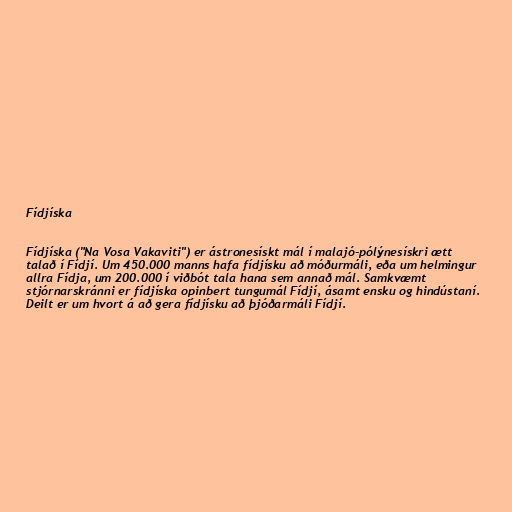
Fídjíska

Fídjíska ("Na Vosa Vakaviti") er ástronesískt mál í malajó-pólýnesískri ætt
talað í Fídjí. Um 450.000 manns hafa fídjísku að móðurmáli, eða um helmingur
allra Fídja, um 200.000 í viðbót tala hana sem annað mál. Samkvæmt
stjórnarskránni er fídjíska opinbert tungumál Fídjí, ásamt ensku og hindústaní.
Deilt er um hvort á að gera fídjísku að þjóðarmáli Fídjí.